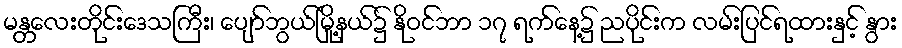
မန္တလေးတိုင်းဒေသကြီး၊ ပျော်ဘွယ်မြို့နယ်၌ နိုဝင်ဘာ ၁၇ ရက်နေ့၌ ညပိုင်းက လမ်းပြင်ရထားနှင့် နွား